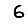
Digit: 6